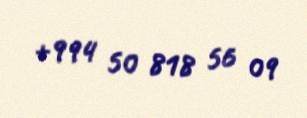
+994 50 818 56 09